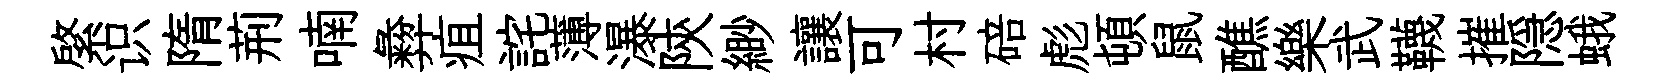
綮识隋荊喃彜疽詫薄瀑陝緲讓可村碚彪頓鼠醮樂武韈摧隠蛾